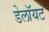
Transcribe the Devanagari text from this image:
डेलॉयट